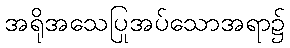
အရိုအသေပြုအပ်သောအရာ၌